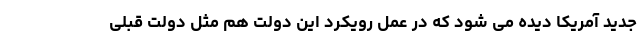
جدید آمریکا دیده می شود که در عمل رویکرد این دولت هم مثل دولت قبلی